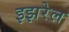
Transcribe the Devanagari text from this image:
इझरेल